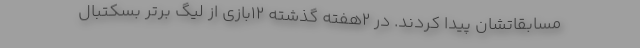
مسابقاتشان پیدا کردند. در 2هفته گذشته 12بازی‌ از لیگ برتر بسکتبال